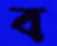
ব